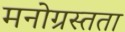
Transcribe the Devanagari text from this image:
मनोग्रस्तता